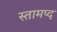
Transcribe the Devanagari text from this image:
स्तामप्द